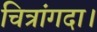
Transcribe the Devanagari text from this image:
चित्रांगदा।